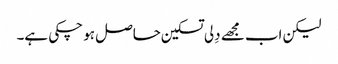
لیکن اب مجھے دِلی تسکین حاصل ہو چکی ہے۔